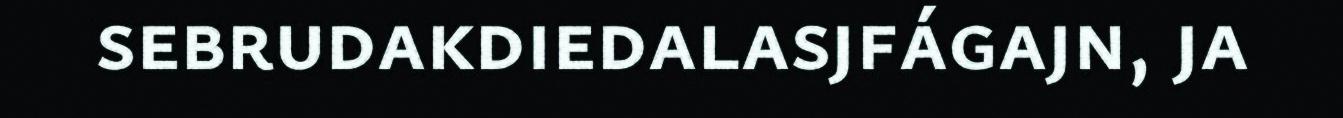
sebrudakdiedalasjfágajn, ja